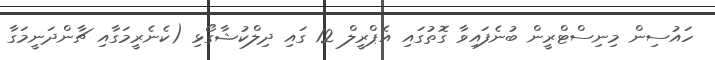
ހައުސިން މިނިސްޓްރީން ބުނެފައިވާ ގޮތުގައި އެޕްރީލް 12 ގައި ދިލްކުޝާގޯޅި (ކެނެރީމަގާއި ޗާންދަނީމަގާ